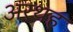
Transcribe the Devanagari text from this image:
अरथह